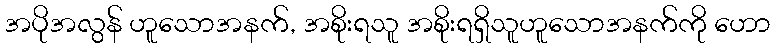
အပိုအလွန် ဟူသောအနက်, အစိုးရသူ အစိုးရရှိသူဟူသောအနက်ကို ဟော